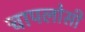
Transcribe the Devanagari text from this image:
चापलोसी